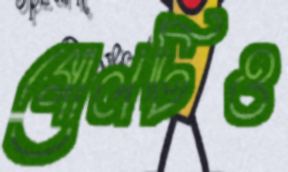
গোলটিও